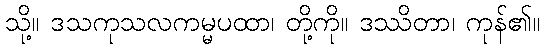
သို့။ ဒသကုသလကမ္မပထာ၊ တို့ကို။ ဒဿိတာ၊ ကုန်၏။